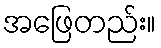
အဖြေတည်း။